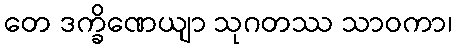
တေ ဒက္ခိဏေယျာ သုဂတဿ သာဝကာ၊